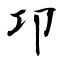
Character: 卭